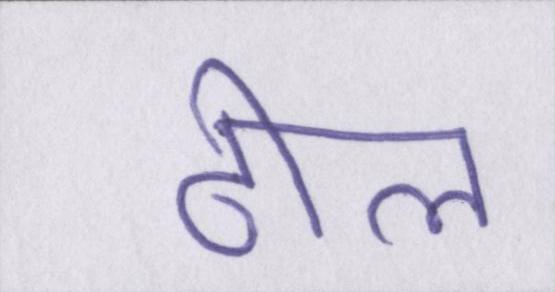
ढील